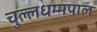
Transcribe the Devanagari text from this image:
चुल्लधम्मपाल